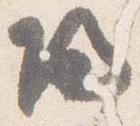
帰